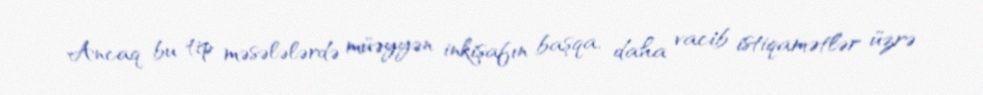
Ancaq bu tip məsələlərdə müəyyən inkişafın başqa, daha vacib istiqamətlər üzrə